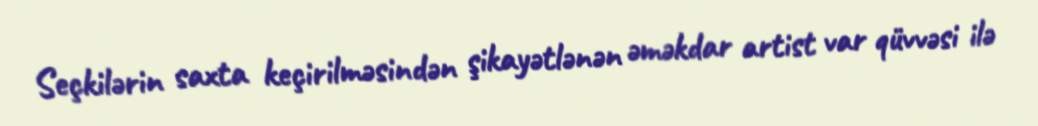
Seçkilərin saxta keçirilməsindən şikayətlənən əməkdar artist var qüvvəsi ilə